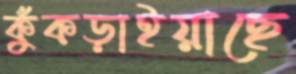
কুঁকড়াইয়াছে